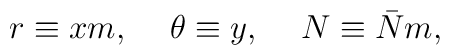
r\equiv xm,\hspace*{5mm}\theta\equiv y,\hspace*{5mm}N\equiv\bar{N}m,